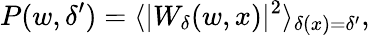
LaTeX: P(w,\delta^{\prime})=\langle|W_{\delta}(w,x)|^{2}\rangle_{\delta(x)=\delta^{\prime}},